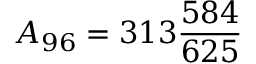
{ } A _ { 9 6 } = 3 1 3 { \frac { 5 8 4 } { 6 2 5 } }